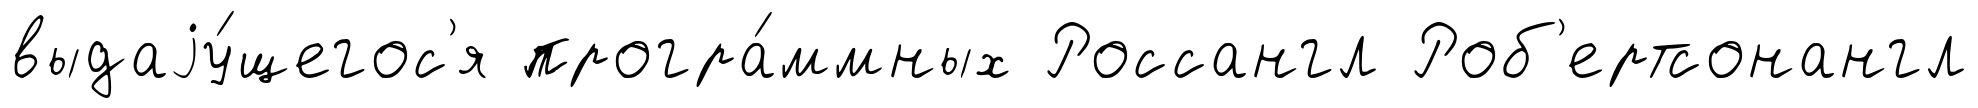
выдаjу́щегос'я програ́ммных Россангл Роб'ертсонангл